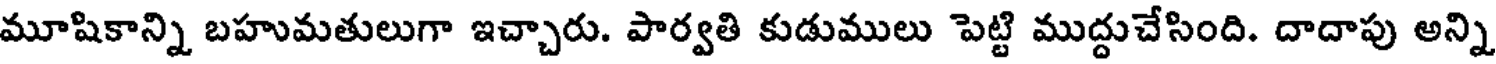
మూషికాన్ని బహుమతులుగా ఇచ్చారు. పార్వతి కుడుములు పెట్టి ముద్దుచేసింది. దాదాపు అన్ని